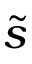
\widetilde s